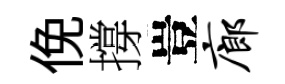
俛撐豈廊